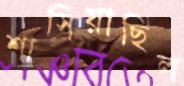
শাসিয়াছিল